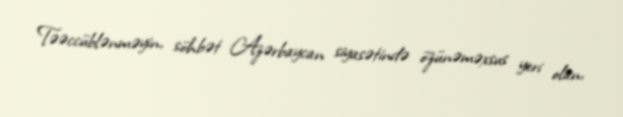
Təəccüblənməyin, söhbət Azərbaycan siyasətində özünəməxsus yeri olan,